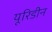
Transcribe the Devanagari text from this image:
यूरिडीन